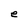
Character: e